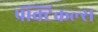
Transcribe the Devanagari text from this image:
प्रॅक्टिकल्स